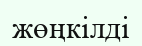
жөңкілді